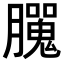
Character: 𦢮